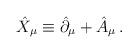
LaTeX: \begin{align*}\hat{X}_{\mu}\equiv \hat{\partial}_{\mu}+\hat{A}_{\mu}\,.\end{align*}